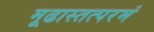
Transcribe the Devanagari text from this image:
मूढास्तत्परमं